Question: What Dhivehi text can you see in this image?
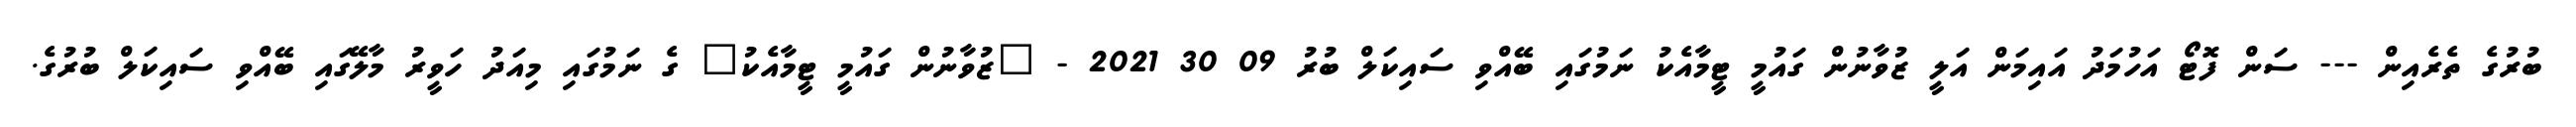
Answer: ބުރުގެ ތެރެއިން --- ސަން ފޮޓޯ އަހުމަދު އައިމަން އަލީ ޒުވާނުން ގައުމީ ޓީމާއެކު ނަމުގައި ބޭއްވި ސައިކަލް ބުރު 09 30 2021 - "ޒުވާނުން ގައުމީ ޓީމާއެކު" ގެ ނަމުގައި މިއަދު ހަވީރު މާލޭގައި ބޭއްވި ސައިކަލް ބުރުގެ.